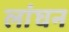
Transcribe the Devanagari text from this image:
लांघन